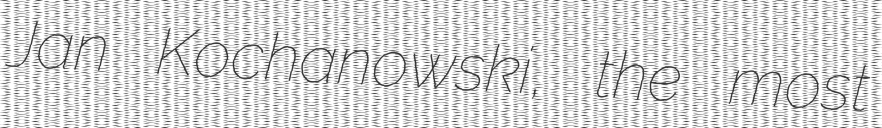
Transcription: Jan Kochanowski, the most